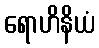
ရောဟိနိယံ